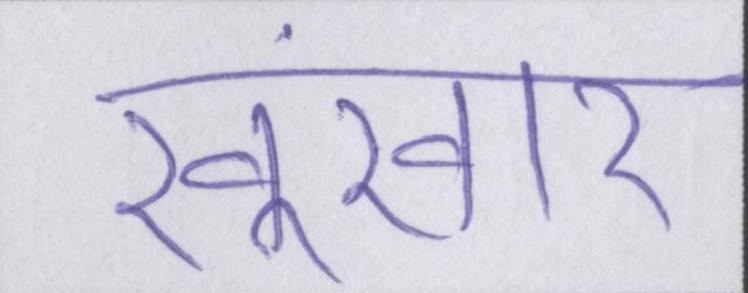
खूंखार